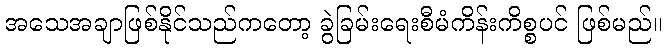
အသေအချာဖြစ်နိုင်သည်ကတော့ ခွဲခြမ်းရေးစီမံကိန်းကိစ္စပင် ဖြစ်မည်။